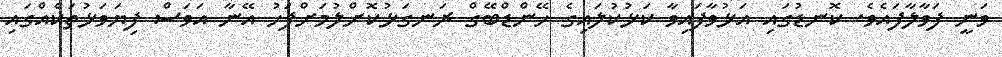
ވަނީ ފަވާލާފައެވެ. ކޮނޑުގައި އަޅުވާފައިވާ ކަޅުކުލައިގެ ހޭންޑްބޭގް ރަނގަޅުކޮށްލުމަށްފަހު އޭނާ އަވަސް ފިޔަވަޅުތަކެއްގައި